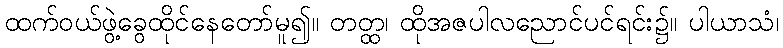
ထက်ဝယ်ဖွဲ့ခွေထိုင်နေတော်မူ၍။ တတ္ထ၊ ထိုအဇပါလညောင်ပင်ရင်း၌။ ပါယာသံ၊